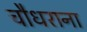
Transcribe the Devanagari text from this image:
चौधराना